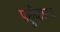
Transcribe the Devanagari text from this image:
पहुँचाएगा